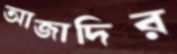
আজাদির